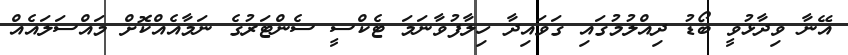
އޭނާ ވިދާޅުވީ ބޯޑު ދިއްލުމުގައި ގަވައިދާ ހިލާފުވާނަމަ ޓެކްސީ ސެންޓަރުގެ ނަމާއެއްކޮށް މައްސަލައެއް